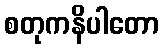
စတုကနိပါတော